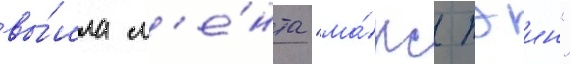
вы́шла л'е́нта "ма́кс пэин"